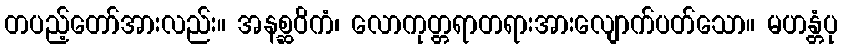
တပည့်တော်အားလည်း။ အနစ္ဆဝိကံ၊ လောကုတ္တရာတရားအားလျောက်ပတ်သော။ မဟန္တံပု